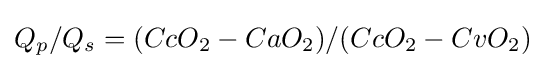
Q_{p}/Q_{s}=(CcO_{2}-CaO_{2})/(CcO_{2}-CvO_{2})